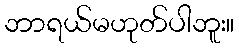
ဘာရယ်မဟုတ်ပါဘူး။